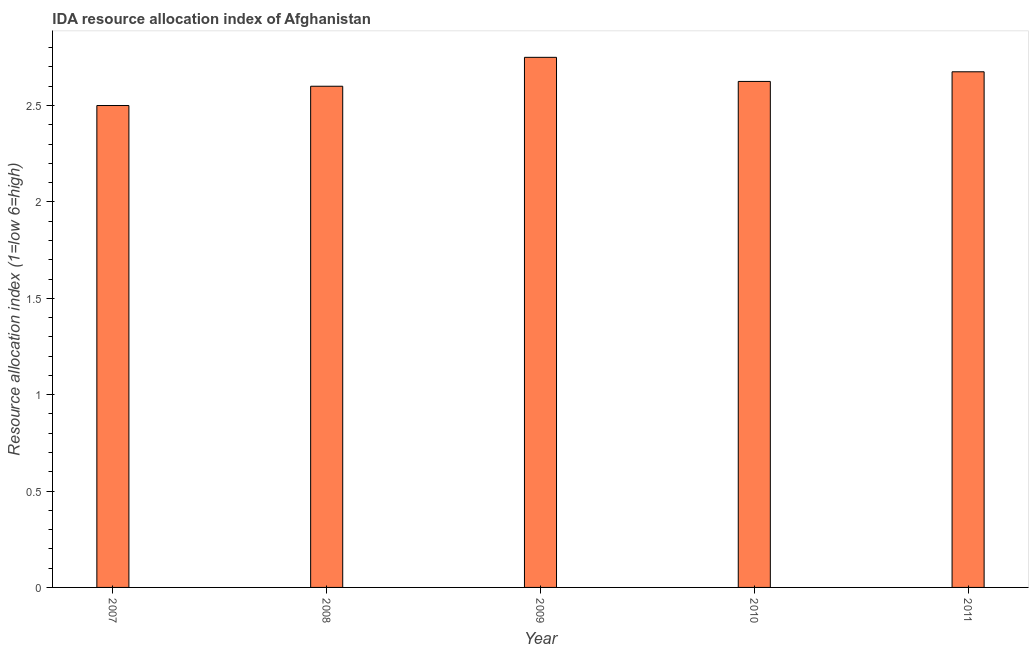
| Year | IDA resource allocation index |
 | --- | --- |
 | 2007 | 2.5 |
 | 2008 | 2.6 |
 | 2009 | 2.75 |
 | 2010 | 2.62 |
 | 2011 | 2.67 |